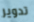
تدوير